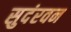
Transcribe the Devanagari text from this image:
सुदंरवन